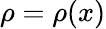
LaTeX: \rho=\rho(x)